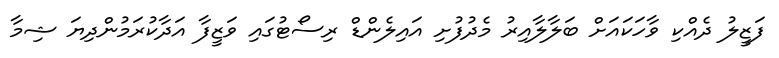
ފަޒީލު ދެއްކި ވާހަކައަށް ބަލާލާއިރު މެދުފުށި އައިލެންޑް ރިސޯޓުގައި ވަޒީފާ އަދާކުރަމުންދިޔަ ޝިމާ